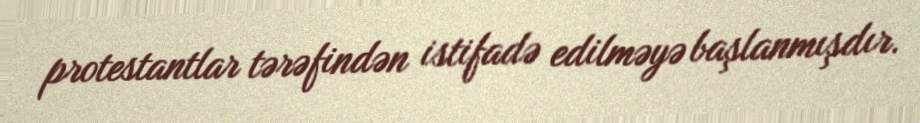
protestantlar tərəfindən istifadə edilməyə başlanmışdır.